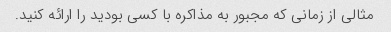
مثالی از زمانی که مجبور به مذاکره با کسی بودید را ارائه کنید.